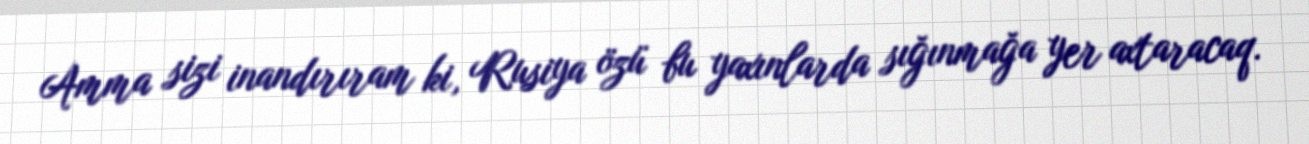
Amma sizi inandırıram ki, Rusiya özü bu yaxınlarda sığınmağa yer axtaracaq.